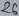
Text: 26